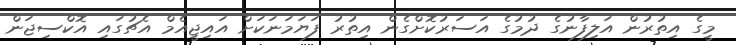
މީގެ އިތުރުން އަލިފާނުގެ ދުމުގެ އަސަރުކޮށްގެން އިތުރު ފަޔަމަނަކަށް އައިޖީއެމް އެޗުގައި އޮކްސިޖަން